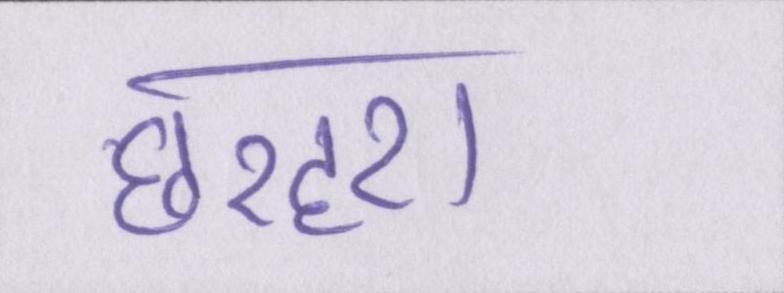
छरहरा